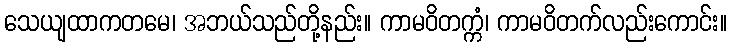
သေယျထာကတမေ၊ အဘယ်သည်တို့နည်း။ ကာမဝိတက္ကံ၊ ကာမဝိတက်လည်းကောင်း။